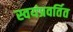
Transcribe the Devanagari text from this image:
स्वयंप्रवर्तित